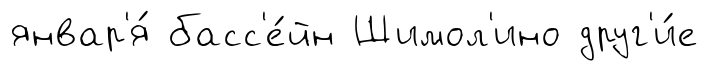
январ'я́ басс'е́йн Шимол'ино друг'и́е